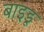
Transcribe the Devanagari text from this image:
बाइडू